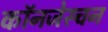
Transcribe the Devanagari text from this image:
कॉनजेस्चन